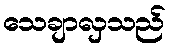
သေချာလှသည်